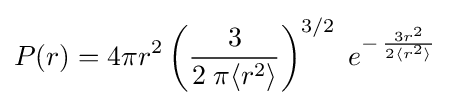
P(r)=4\pi r^{2}\left({\frac {3}{2\;\pi \langle r^{2}\rangle }}\right)^{3/2}\;e^{-\,{\frac {3r^{2}}{2\langle r^{2}\rangle }}}